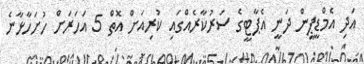
އަދި އެމްޑީޕީން ދަނީ އެޕާޓީގެ ސަރުކާރެއްގައި ކުރިއަށް އޮތް 5 އަހަރަށް ހުށަހާޅާނެ